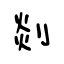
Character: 剡